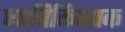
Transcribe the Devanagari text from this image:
परचिकित्सक